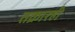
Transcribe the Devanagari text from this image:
तक्रारही